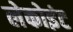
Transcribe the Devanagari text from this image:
लेकोइंट